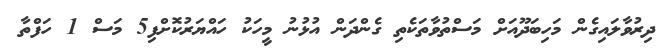
ދިރުވާލައިގެން މަހިބަދޫއަށް މަސްތުވާތަކެތި ގެންދަން އުޅުނު މީހަކު ހައްޔަރުކޮށްފި5 މަސް 1 ހަފްތާ